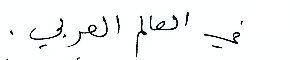
في العالم العربي.